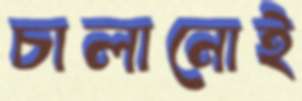
চালানোই